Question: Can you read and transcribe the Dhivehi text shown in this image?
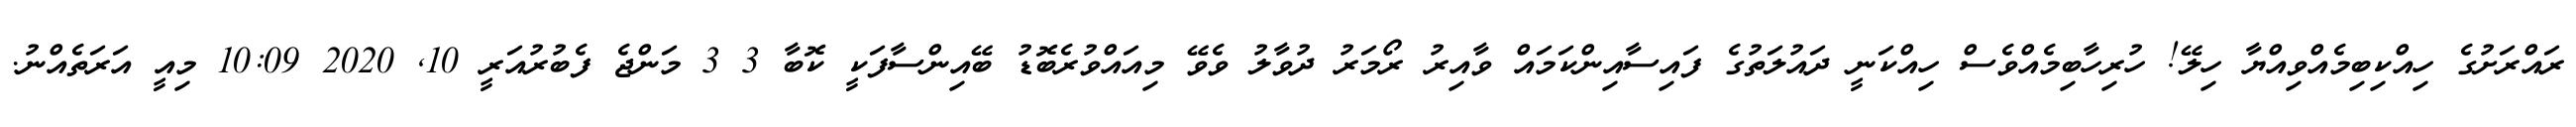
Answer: ރައްރަށުގެ ހިއްކިބިމެއްވިއްޔާ ހިލޭ! ހުރިހާބިމެއްވެސް ހިއްކަނީ ދައުލަތުގެ ފައިސާއިންކަމައް ވާއިރު ރޯމަރު ދުވާލު ވެވޭ މިއައްވުރެބޮޑު ބޭއިންސާފަކީ ކޮބާ 3 3 މަންޖެ ފެބުރުއަރީ 10, 2020 10:09 މިއީ އަރަތެއްނު.